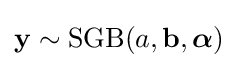
\mathbf {y} \sim \operatorname {SGB} (a,\mathbf {b} ,{\boldsymbol {\alpha }})